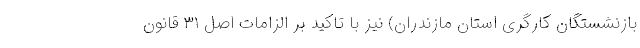
بازنشستگان کارگری استان مازندران) نیز با تاکید بر الزامات اصل ۳۱ قانون